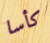
كأسا